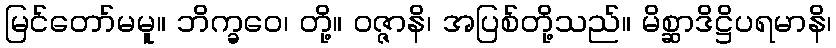
မြင်တော်မမူ။ ဘိက္ခဝေ၊ တို့။ ဝဇ္ဇာနိ၊ အပြစ်တို့သည်။ မိစ္ဆာဒိဋ္ဌိပရမာနိ၊